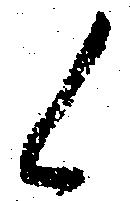
候